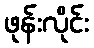
ဖုန်းလိုင်း